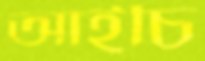
আইচি